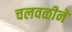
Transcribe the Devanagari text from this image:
चलवळीने